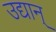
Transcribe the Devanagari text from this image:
उद्यान्